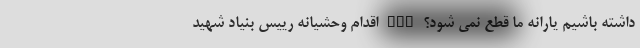
داشته باشیم یارانه ما قطع نمی شود؟ nan اقدام وحشیانه رییس بنیاد شهید